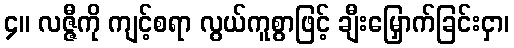
၄။ လဇ္ဇီကို ကျင့်စရာ လွယ်ကူစွာဖြင့် ချီးမြှောက်ခြင်းငှာ၊